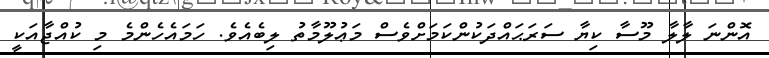
އޮންނަ ލާލާ މޫސާ ކިޔާ ސަރަޙައްދަކުންކަމަށްވެސް މަޢުލޫމާތު ލިބެއެވެ. ހަމައެހެންމެ މި ކުއްޖާއަކީ